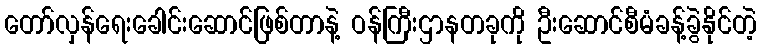
တော်လှန်ရေးခေါင်းဆောင်ဖြစ်တာနဲ့ ဝန်ကြီးဌာနတခုကို ဦးဆောင်စီမံခန့်ခွဲနိုင်တဲ့